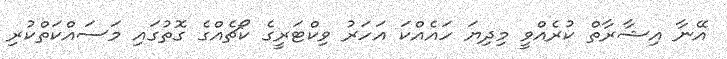
އޭނާ އިޝާރާތް ކުރެއްވީ މިދިޔަ ހައެއްކަ އަހަރު ވިކްޓަރީގެ ކޯޗެއްގެ ގޮތުގައި މަސައްކަތްކުރި